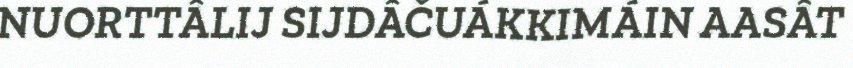
NUORTTÂLIJ SIJDÂČUÁKKIMÁIN AASÂT